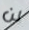
لن